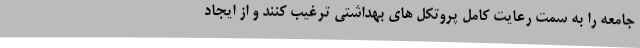
جامعه را به سمت رعایت کامل پروتکل های بهداشتی ترغیب کنند و از ایجاد